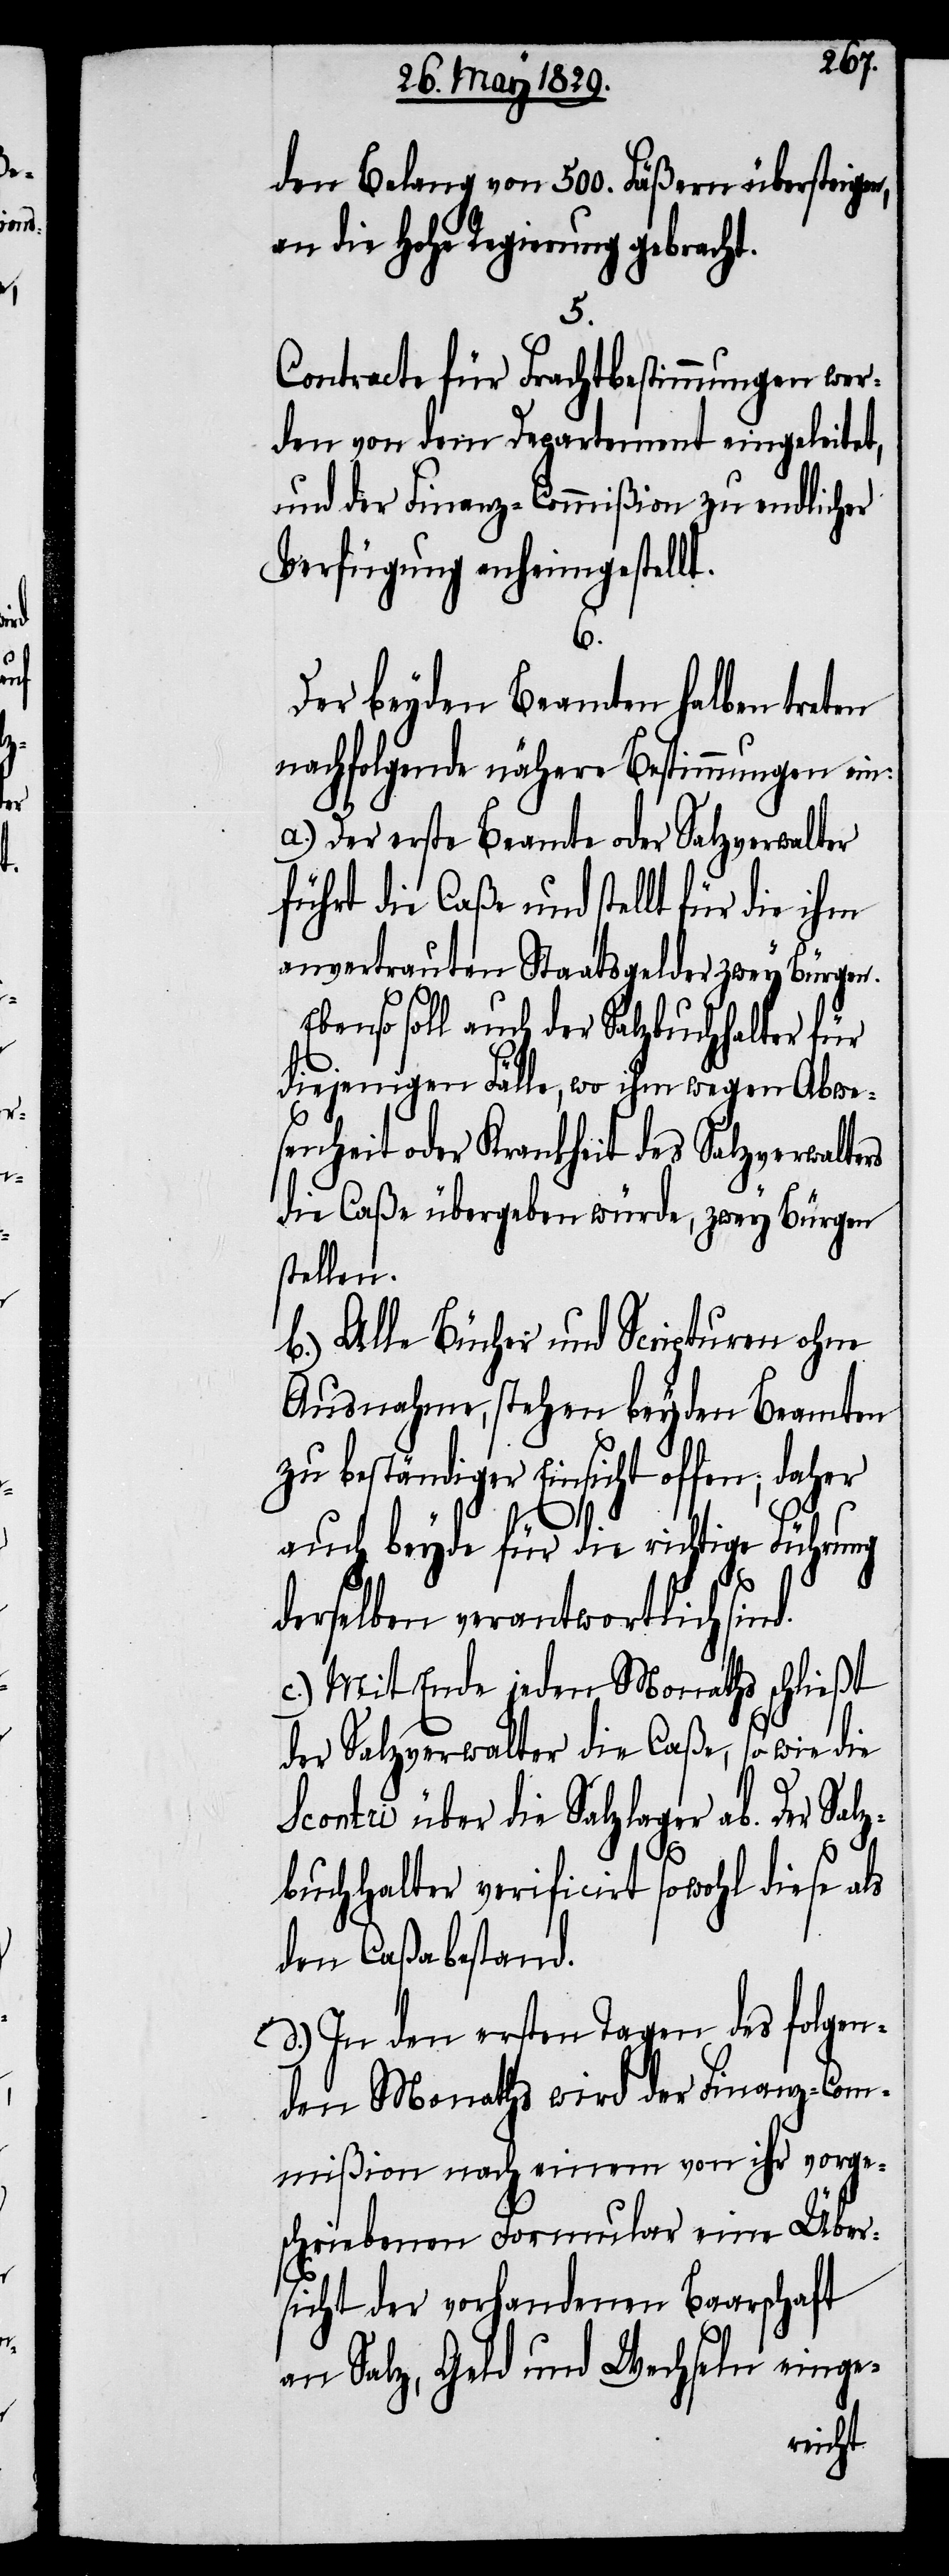
den Belang von 500. Fäßern übersteigen,
an die Hohe Regierung gebracht.
5.
Contracte für Frachtbestimmungen wer¬
den von dem Departement eingeleitet,
und der Finanz-Commißion zu endlicher
Verfügung anheimgestellt.
d.
Der beyden Beamten halben treten
nachfolgende nähere Bestimmungen ein:
a.) Der erste Beamte oder Salzverwalter
führt die Caße und stellt für die ihm
anvertrauten Staatsgelder zwey Bürgen.
Ebenso soll auch der Salzbuchhalter für
diejenigen Fälle, wo ihm wegen Abwe¬
senheit oder Krankheit des Salzverwalte¬
die Caße übergeben würde, zwey Bürgen
stellen.
b.) Alle Bücher und Scripturen ohne
Ausnahme, stehen beyden Beamten
zu beständiger Einsicht
auch beyde für die richtige Führung
derselben verantwortlich sin¬
c.) Mit Ende jeden Monaths schließt
der Salzverwalter die Caße, so wie die
Scontri über die Salzlager ab. Der Salz¬
buchhalter verificirt sowohl diese als
den Caßabestand.
d.) In den ersten Tagen des folgen¬
den Monaths wird der Finanz-Com¬
mißion nach einem von ihr vorge¬
schriebenen Formular eine Über¬
sicht der vorhandenen Baarschaft
an Salz, Geld und Wechseln einge-